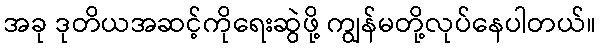
အခု ဒုတိယအဆင့်ကိုရေးဆွဲဖို့ ကျွန်မတို့လုပ်နေပါတယ်။